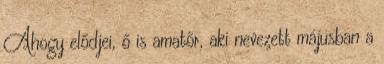
Ahogy elődjei, ő is amatőr, aki nevezett májusban a